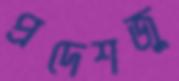
প্রদেশজু